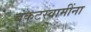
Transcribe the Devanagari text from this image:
बंकटस्वामींना